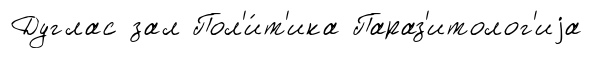
Дуглас зал Пол'и́т'ика Параз'итолог'иjа